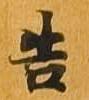
告